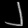
Digit: ၂